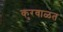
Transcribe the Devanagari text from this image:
कुरवाळत